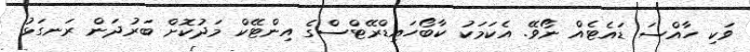
ވަކި ހާއްސަ ޑައެޓެއް ނޯވޭ. އެކަމަކު ކާބޯހައިޑްރޭޓްސްގެ އިންޓޭކް މަދުކޮށް ބަރުދަން ރަނގަޅު